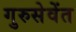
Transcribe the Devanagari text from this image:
गुरुसेवेंत